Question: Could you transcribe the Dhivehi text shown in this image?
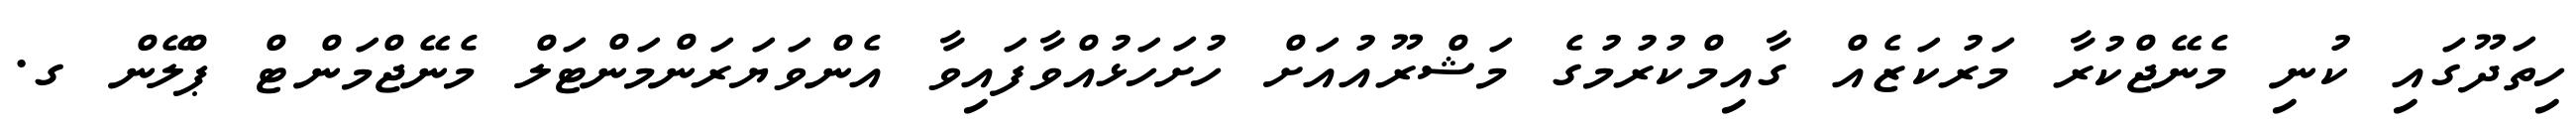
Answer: ހިތަދޫގައި ކުނި މެނޭޖްކުރާ މަރުކަޒެއް ގާއިމްކުރުމުގެ މަޝްރޫއުއަށް ހުށަހަޅުއްވާފައިވާ އެންވަޔަރަންމަންޓަލް މެނޭޖްމަންޓް ޕްލޭން ގ.